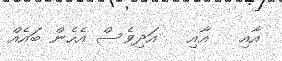
އާއި   އާއި   އަދިވެސް އެހެން ބައެއް